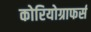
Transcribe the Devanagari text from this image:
कोरियोग्राफर्स